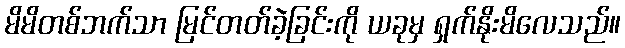
မိမိတစ်ဘက်သာ မြင်တတ်ခဲ့ခြင်းကို ယခုမှ ရှက်နိုးမိလေသည်။